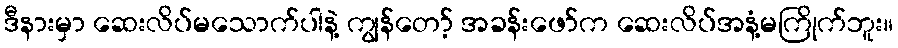
ဒီနားမှာ ဆေးလိပ်မသောက်ပါနဲ့ ကျွန်တော့် အခန်းဖော်က ဆေးလိပ်အနံ့မကြိုက်ဘူး။